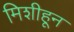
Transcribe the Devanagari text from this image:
मिशीहून